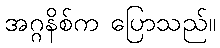
အဂ္ဂနိစ်က ပြောသည်။